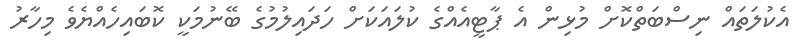
އެކުލަތައް ނިސްބަތްކޮށް މުޅިން އެ ޕާޓީއެއްގެ ކުލައަކަށް ހަދައިލުމުގެ ބޭނުމަކީ ކޮބައިހެއްޔެވެ މިހާރު